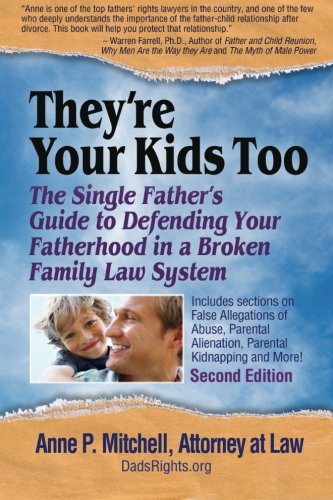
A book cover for They're Your Kids Too: The Single Father's Guide to Defending Your Fatherhood in a Broken Family Law System; Anne P. Mitchell Esq; Law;